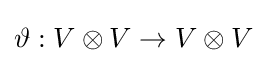
\vartheta :V\otimes V\to V\otimes V